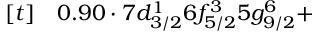
\begin{array} { r l } { [ t ] } & { { } 0 . 9 0 \cdot 7 d _ { 3 / 2 } ^ { 1 } 6 f _ { 5 / 2 } ^ { 3 } 5 g _ { 9 / 2 } ^ { 6 } + } \end{array}